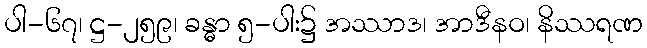
ပါ-၆၇၊ ဋ္ဌ-၂၅၉၊ ခန္ဓာ ၅-ပါး၌ အဿာဒ၊ အာဒီနဝ၊ နိဿရဏ